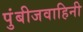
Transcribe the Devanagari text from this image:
पुंबीजवाहिनी